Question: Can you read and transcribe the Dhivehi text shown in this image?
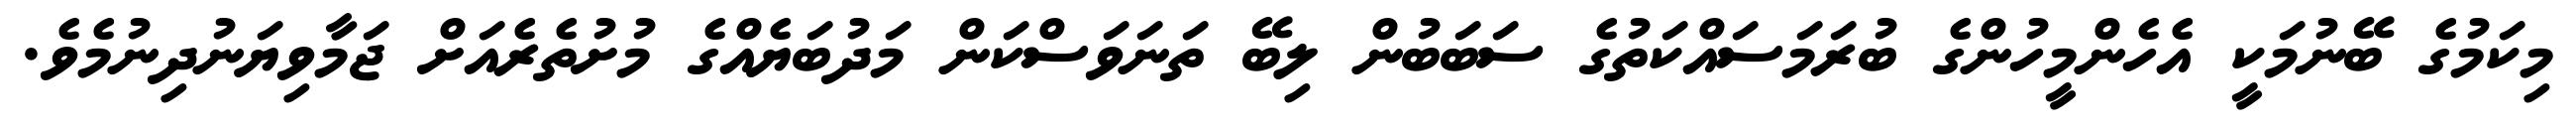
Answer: މިކަމުގެ ބޭނުމަކީ އެހެންމީހުންގެ ބުރަމަސައްކަތުގެ ސަބަބުން ލިބޭ ތަނަވަސްކަން މަދުބަޔެއްގެ މުށުތެރެއަށް ޖަމާވިޔަނުދިނުމެވެ.